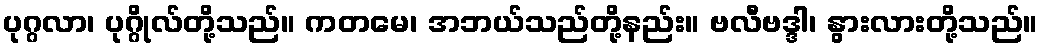
ပုဂ္ဂလာ၊ ပုဂ္ဂိုလ်တို့သည်။ ကတမေ၊ အဘယ်သည်တို့နည်း။ ဗလီဗဒ္ဒါ၊ နွားလားတို့သည်။